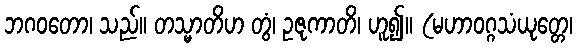
ဘဂဝတော၊ သည်။ တသ္မာတိဟ တွံ၊ ဥဇုကာတိ၊ ဟူ၍။ (မဟာဝဂ္ဂသံယုတ္တေ၊